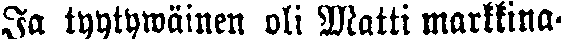
Ja tyytywäinen oli Matti markkina-